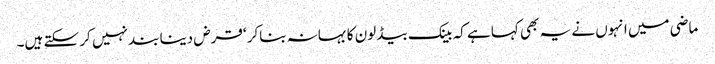
ماضی میں انہوں نے یہ بھی کہا ہے کہ بینک بیڈ لون کا بہانہ بناکر ‘قرض دینا بند نہیں کر سکتے ہیں۔